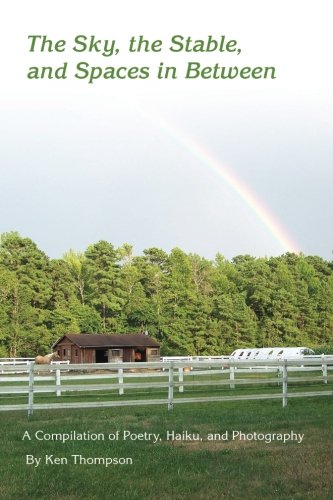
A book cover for The Sky, the Stable and Spaces in Between: A Compilation of Poetry, Haiku, and Photography; Mr Ken Thompson; Literature & Fiction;